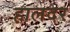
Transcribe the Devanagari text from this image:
हालदर